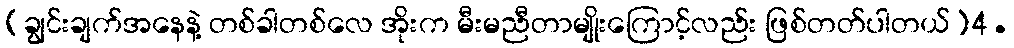
(ချွင်းချက်အနေနဲ့ တစ်ခါတစ်လေ အိုးက မီးမညီတာမျိုးကြောင့်လည်း ဖြစ်တတ်ပါတယ်)4.